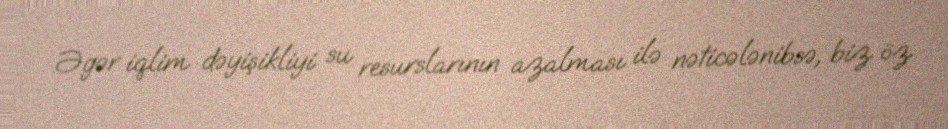
Əgər iqlim dəyişikliyi su resurslarının azalması ilə nəticələnibsə, biz öz